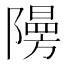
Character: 𮥧